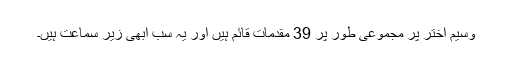
وسیم اختر پر مجموعی طور پر 39 مقدمات قائم ہیں اور یہ سب ابھی زیر سماعت ہیں۔